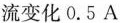
流变化0.5A